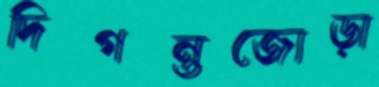
দিগন্তজোড়া